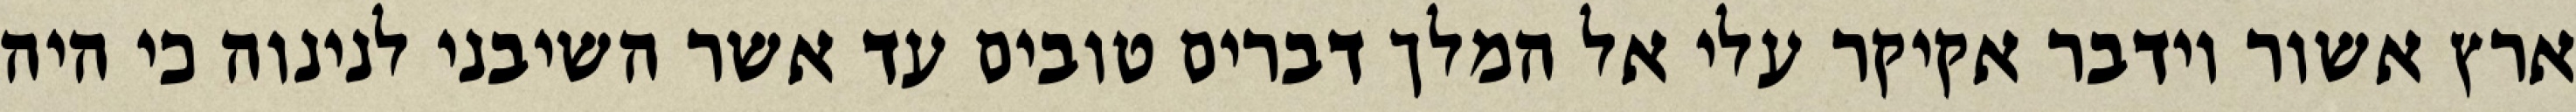
ארץ אשור וידבר אקיקר עלי אל המלך דברים טובים עד אשר השיבני לנינוה כי היה